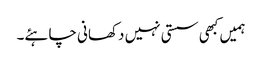
ہمیں کبھی سستی نہیں دکھانی چاہئے۔